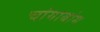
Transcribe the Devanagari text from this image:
चांगाबांग